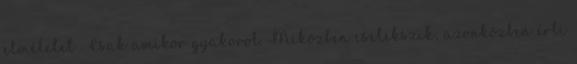
elméletet . Csak amikor gyakorol. Miközben cselekszik, azonközben érti